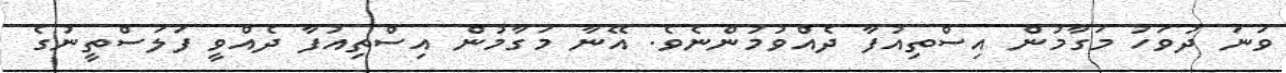
ވަނަ ދުވަހު މަގާމުން އިސްތިއުފާ ދެއްވުމުންނެވެ. އޭނާ މަގާމުން އިސްތިއުފާ ދެއްވީ ފަލަސްތީނުގެ